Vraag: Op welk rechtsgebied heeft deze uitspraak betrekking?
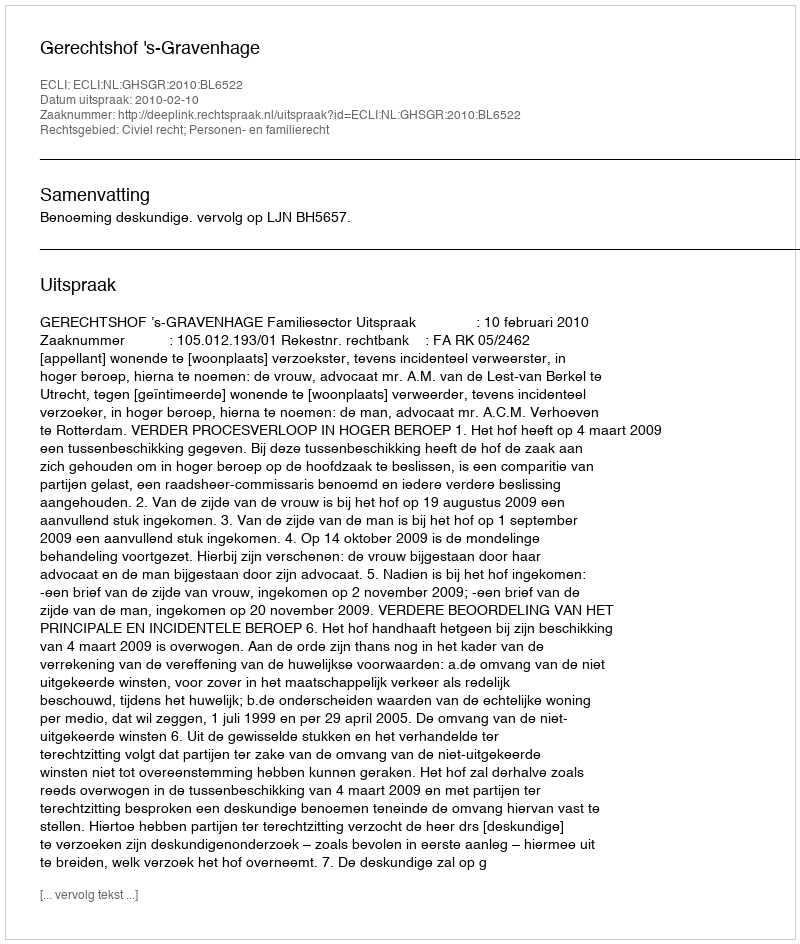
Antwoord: Civiel recht; Personen- en familierecht